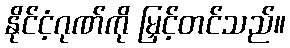
နိုင်ငံ့ဂုဏ်ကို မြှင့်တင်သည်။